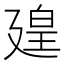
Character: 𪪱